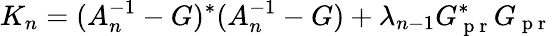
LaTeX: K_{n}=(A_{n}^{-1}-G)^{*}(A_{n}^{-1}-G)+\lambda_{n-1}G_{\mathrm{~p~r~}}^{*}G_{\mathrm{~p~r~}}